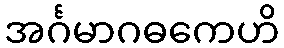
အင်္ဂမာဂဓကေဟိ